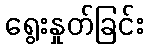
ရွေးနှုတ်ခြင်း